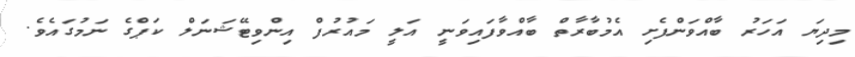
މިދިޔަ އަހަރު ބާއްވަންފެށި އެމުބާރާތް ބާއްވާފައިވަނީ އަލީ މައުރުފް އިންވިޓޭޝަނަލް ކަޕްގެ ނަމުގައެވެ.